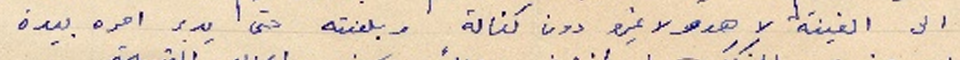
الى الغينة لا هو ولا غيرو دون كفالة وبلغته حتى يدبر امره بيده